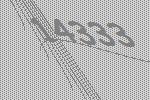
14333